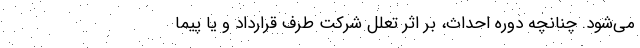
می‌شود. چنانچه دوره احداث، بر اثر تعلل شرکت طرف قرارداد و یا پیما